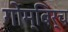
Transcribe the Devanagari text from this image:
गोम्बिर्च